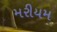
મરીયમ